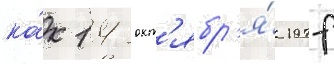
ка́к 14 окт'ябр'я́ 1977